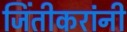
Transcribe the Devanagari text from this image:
जिंतीकरांनी